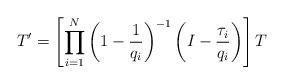
LaTeX: \begin{align*}T'=\left[\prod_{i=1}^N\left(1-\frac{1}{q_i}\right)^{-1}\left(I-\frac{\tau_i}{q_i}\right)\right] T\end{align*}